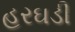
હરઘડી